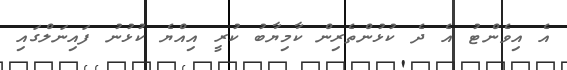
އެ އިވެންޓު އެ ދެ ކުޅުންތެރިން ކާމިޔާބު ކުރީ އިއްޔެ ކުޅުނު ފައިނަލްގައި